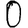
Digit: 0